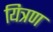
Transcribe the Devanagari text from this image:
यित्रण